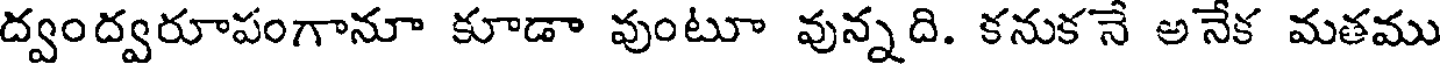
ద్వంద్వరూపంగానూ కూడా వుంటూ వున్నది. కనుక నే అనేక మతము